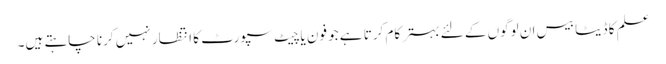
علم کا ڈیٹا بیس ان لوگوں کے لئے بہتر کام کرتا ہے جو فون یا چیٹ سپورٹ کا انتظار نہیں کرنا چاہتے ہیں۔